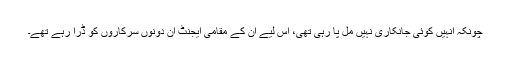
چونکہ انہیں کوئی جانکاری نہیں مل پا رہی تھی، اس لیے ان کے مقامی ایجنٹ اُن دونوں سرکاروں کو ڈرا رہے تھے۔